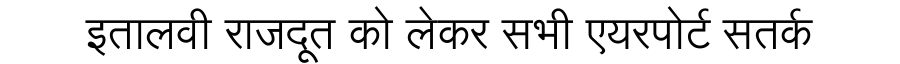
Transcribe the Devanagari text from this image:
इतालवी राजदूत को लेकर सभी एयरपोर्ट सतर्क